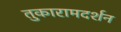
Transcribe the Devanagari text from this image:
तुकारामदर्शन